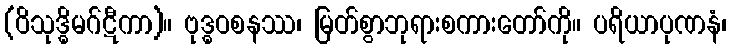
(ဝိသုဒ္ဓိမဂ်ဋီကာ)။ ဗုဒ္ဓဝစနဿ၊ မြတ်စွာဘုရားစကားတော်ကို။ ပရိယာပုဏနံ၊